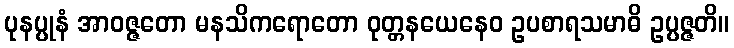
ပုနပ္ပုနံ အာဝဇ္ဇတော မနသိကရောတော ဝုတ္တနယေနေဝ ဥပစာရသမာဓိ ဥပ္ပဇ္ဇတိ။